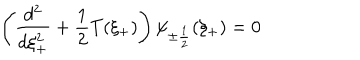
LaTeX: \left( \frac { d ^ { 2 } } { d \xi _ { + } ^ { 2 } } + \frac { 1 } { 2 } T ( \xi _ { + } ) \right) \psi _ { \pm \frac { 1 } { 2 } } ( \xi _ { + } ) = 0